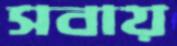
সবায়